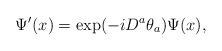
LaTeX: \begin{align*}\Psi' (x) = \exp (-iD^{a}\theta_{a} )\Psi (x),\end{align*}